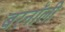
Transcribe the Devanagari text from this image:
बरनॉली